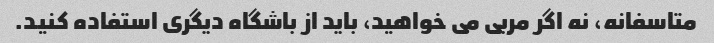
متاسفانه، نه اگر مربی می خواهید، باید از باشگاه دیگری استفاده کنید.